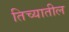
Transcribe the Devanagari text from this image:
तिच्‍यातील